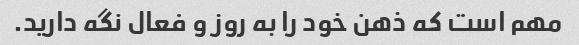
مهم است که ذهن خود را به روز و فعال نگه دارید.